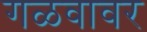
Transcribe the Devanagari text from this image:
गळवावर